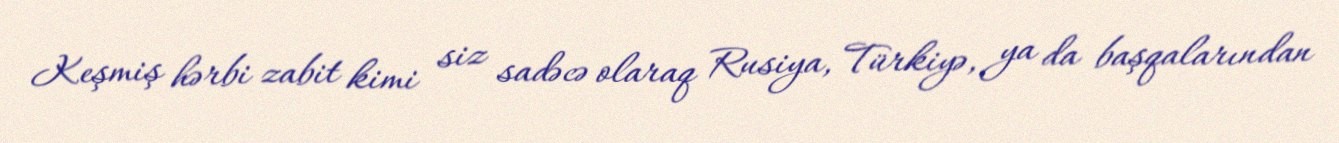
Keşmiş hərbi zabit kimi siz sadəcə olaraq Rusiya, Türkiyə, ya da başqalarından